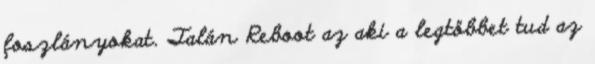
foszlányokat. Talán Reboot az aki a legtöbbet tud az